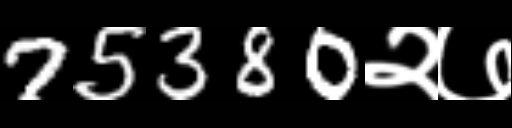
Text: 75380२७